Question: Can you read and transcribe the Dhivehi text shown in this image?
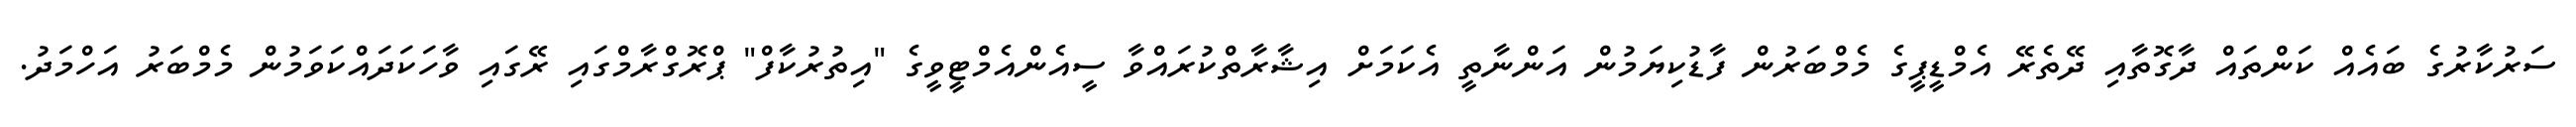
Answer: ސަރުކާރުގެ ބައެއް ކަންތައް ދާގޮތާއި ދޭތެރޭ އެމްޑީޕީގެ މެމްބަރުން ފާޑުކިޔަމުން އަންނާތީ އެކަމަށް އިޝާރާތްކުރައްވާ ސީއެންއެމްޓީވީގެ "އިތުރުކާފް" ޕްރޮގްރާމްގައި ރޭގައި ވާހަކަދައްކަވަމުން މެމްބަރު އަހްމަދު.